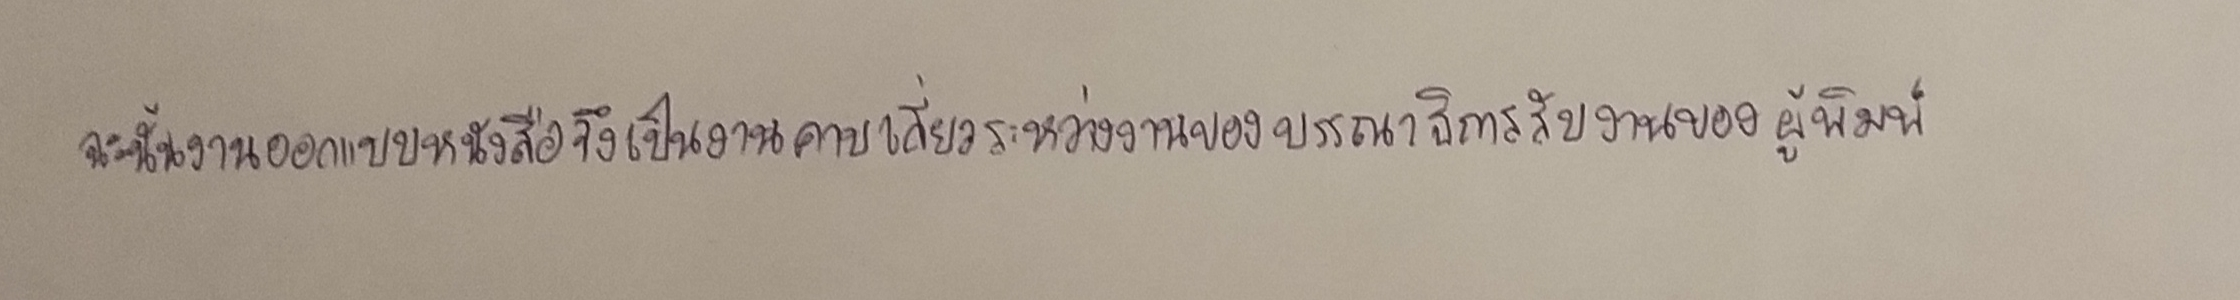
ฉะนั้นงานออกแบบหนังสือจึงเป็นงานคาบเกี่ยวระหว่างงานของบรรณาธิการกับงานของผู้พิมพ์